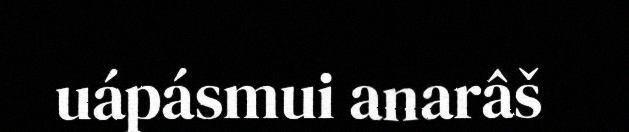
uápásmui anarâš